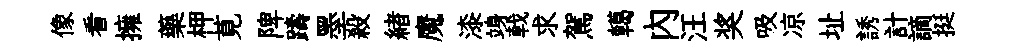
像看擁藥柙莧陴躊墨殺緖魔漆竧戟求駕轕內汪奖吸凉址誘計謫挺